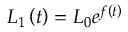
L _ { 1 } \left( t \right) = L _ { 0 } e ^ { f \left( t \right) }